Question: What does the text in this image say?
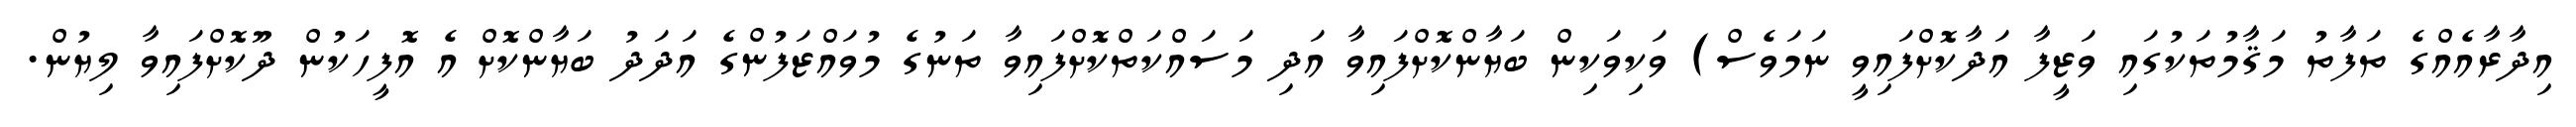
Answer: އިދާރާއެއްގެ ތަފާތު މަޤާމުތަކުގައި ވަޒީފާ އަދާކޮށްފައިވީ ނަމަވެސް) ވަކިވަކިން ބަޔާންކޮށްފައިވާ އަދި މަސައްކަތްކޮށްފައިވާ ތަނުގެ މުވައްޒަފުންގެ އަދަދު ބަޔާންކޮށް އެ އޮފީހަކުން ދޫކޮށްފައިވާ ލިޔުން.